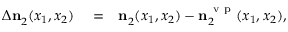
\begin{array} { r l r } { \Delta \ensuremath { \mathbf { n } } _ { 2 } ^ { } ( x _ { 1 } , x _ { 2 } ) } & { { } = } & { \ensuremath { \mathbf { n } } _ { 2 } ^ { } ( x _ { 1 } , x _ { 2 } ) - \ensuremath { \mathbf { n } } _ { 2 } ^ { \ensuremath { \mathrm { ~ v ~ p ~ } } } ( x _ { 1 } , x _ { 2 } ) , } \end{array}